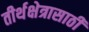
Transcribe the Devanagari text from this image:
तीर्थक्षेत्रासाठी